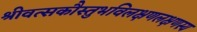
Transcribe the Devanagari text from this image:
श्रीवत्सकौस्तुभविलक्षणलक्षणस्य